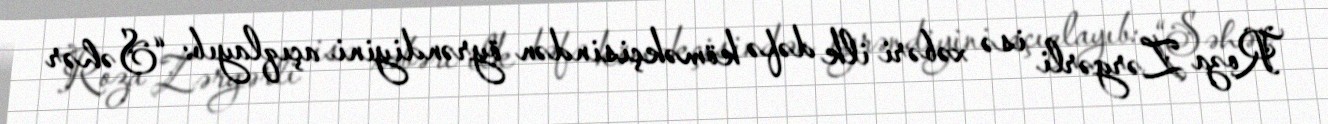
Roza Zərgərli isə xəbəri ilk dəfə köməkçisindən öyrəndiyini açıqlayıb: “Səhər